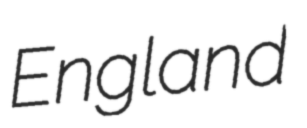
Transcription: England